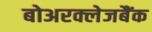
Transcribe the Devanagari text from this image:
बोअरक्लेजबैंक